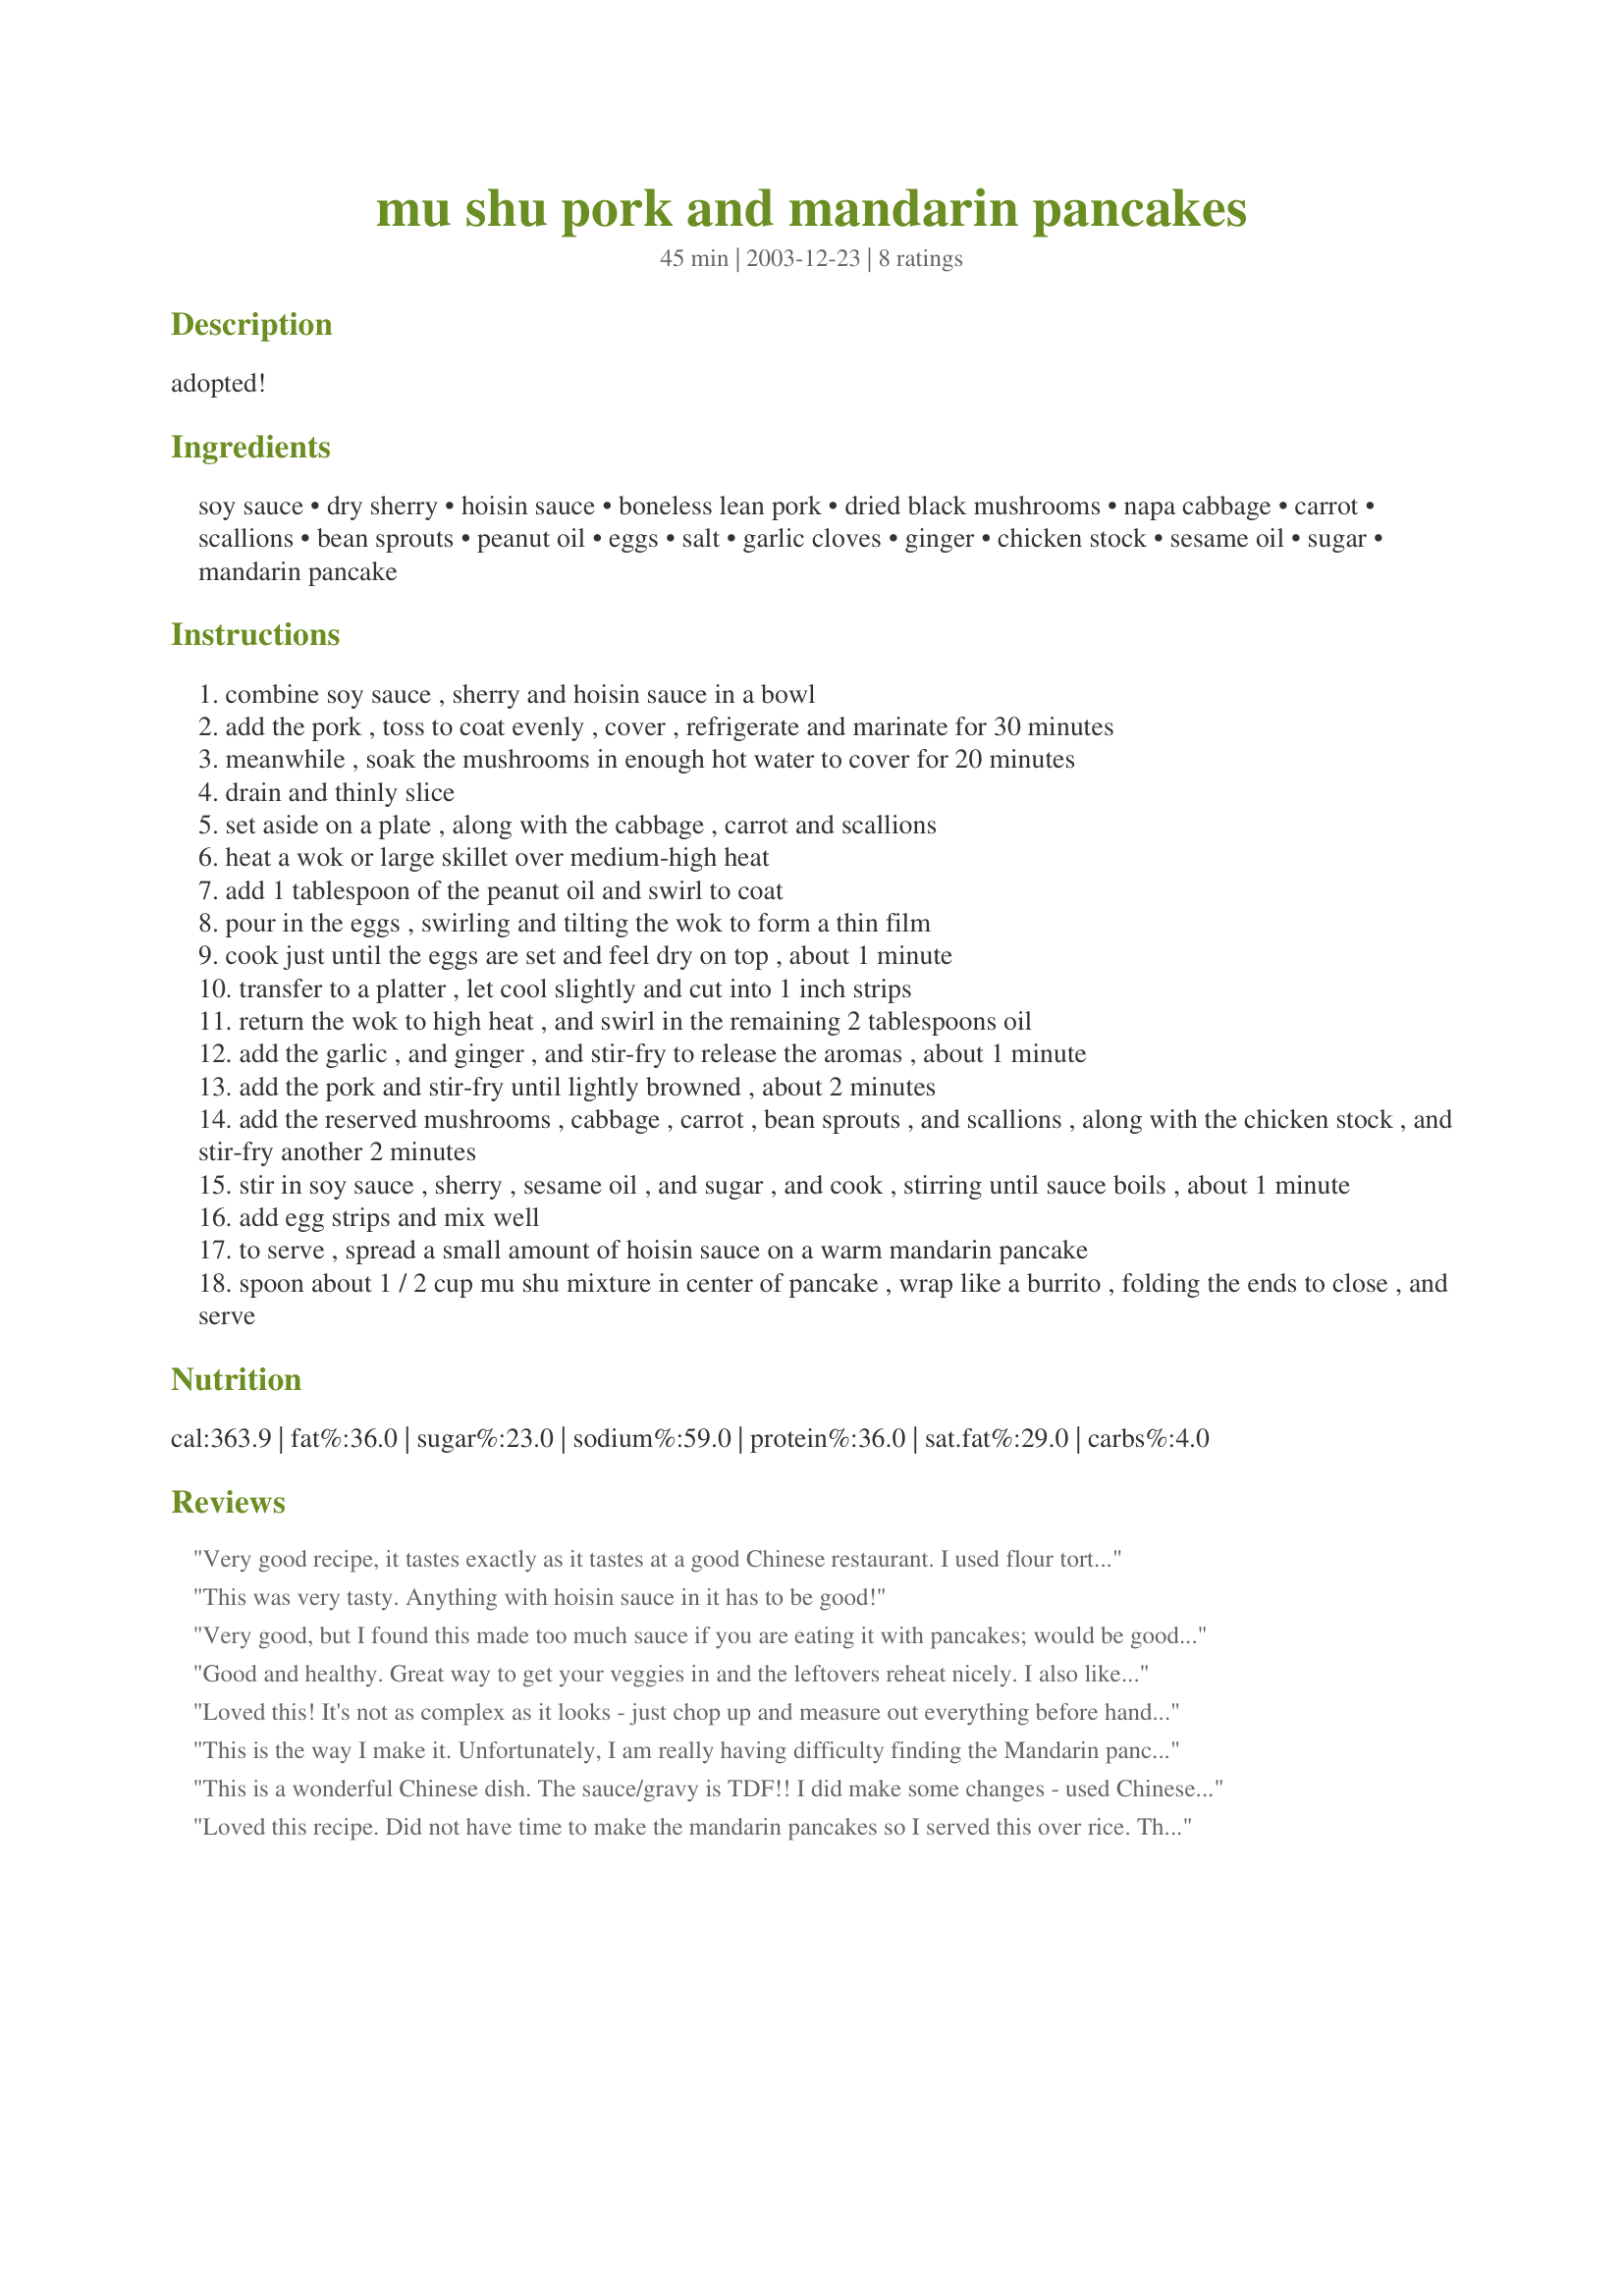
mu shu pork and mandarin pancakes
Preparation time: 45 minutes

adopted!

Ingredients:
soy sauce, dry sherry, hoisin sauce, boneless lean pork, dried black mushrooms, napa cabbage, carrot, scallions, bean sprouts, peanut oil, eggs, salt, garlic cloves, ginger, chicken stock, sesame oil, sugar, mandarin pancake

Steps:
combine soy sauce , sherry and hoisin sauce in a bowl
add the pork , toss to coat evenly , cover , refrigerate and marinate for 30 minutes
meanwhile , soak the mushrooms in enough hot water to cover for 20 minutes
drain and thinly slice
set aside on a plate , along with the cabbage , carrot and scallions
heat a wok or large skillet over medium-high heat
add 1 tablespoon of the peanut oil and swirl to coat
pour in the eggs , swirling and tilting the wok to form a thin film
cook just until the eggs are set and feel dry on top , about 1 minute
transfer to a platter , let cool slightly and cut into 1 inch strips
return the wok to high heat , and swirl in the remaining 2 tablespoons oil
add the garlic , and ginger , and stir-fry to release the aromas , about 1 minute
add the pork and stir-fry until lightly browned , about 2 minutes
add the reserved mushrooms , cabbage , carrot , bean sprouts , and scallions , along with the chicken stock , and stir-fry another 2 minutes
stir in soy sauce , sherry , sesame oil , and sugar , and cook , stirring until sauce boils , about 1 minute
add egg strips and mix well
to serve , spread a small amount of hoisin sauce on a warm mandarin pancake
spoon about 1 / 2 cup mu shu mixture in center of pancake , wrap like a burrito , folding the ends to close , and serve

Reviews:
Very good recipe, it tastes exactly as it tastes at a good Chinese restaurant. I used flour tortillas to make my job in the kitchen easier. I added bamboo shoots (shredded), and some chopped water chestnuts. Oh, and also instead of black mushrooms I had some dri ed shiitakes. Good stuff! I'll make this next time with shrimp! Thanks!
This was very tasty. Anything with hoisin sauce in it has to be good!
Very good, but I found this made too much sauce if you are eating it with pancakes; would be good with rice though. I would do it again but not put the stock in (which in my case was the mushroom soaking liquor).
Good and healthy. Great way to get your veggies in and the leftovers reheat nicely. I also like the addition of the mandarin pancakes. :)
Loved this! It's not as complex as it looks - just chop up and measure out everything before hand and it goes like clockwork. I used mirin instead of sherry and used button mushrooms instead of dried. Hubby and I ended up eating a whole 4 person recipe between us as our only meal for the evening and it really used up our supply of frozen mandarin pancakes!
This is the way I make it. Unfortunately, I am really having difficulty finding the Mandarin pancakes. Went to 5 oriental grocery stores, and the only thing close that I could find were duck wrappers ( same thing, just smaller.) Will have to start making my own.
This is a wonderful Chinese dish. The sauce/gravy is TDF!! I did make some changes - used Chinese lettuce instead of cabbage (cabbage at the supermarket was icky), Chinese wine instead of sherry and I omitted scallions because I forgot to buy any! I followed the rest of the ingredients I cooked this twice actually, first using pork and the second time using shredded chicken thighs. Both are super delicious. I served it with jasmine rice (not used to eating pancakes for dinner). Leftovers reheat well in microwave. Thanks meanchef for the great recipe!
Loved this recipe. Did not have time to make the mandarin pancakes so I served this over rice. Thanks for the recipe.
